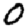
Digit: 0